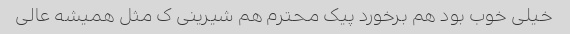
خیلی خوب بود هم برخورد پیک محترم هم شیرینی ک مثل همیشه عالی